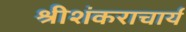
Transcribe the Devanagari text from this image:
श्रीशंकराचार्य